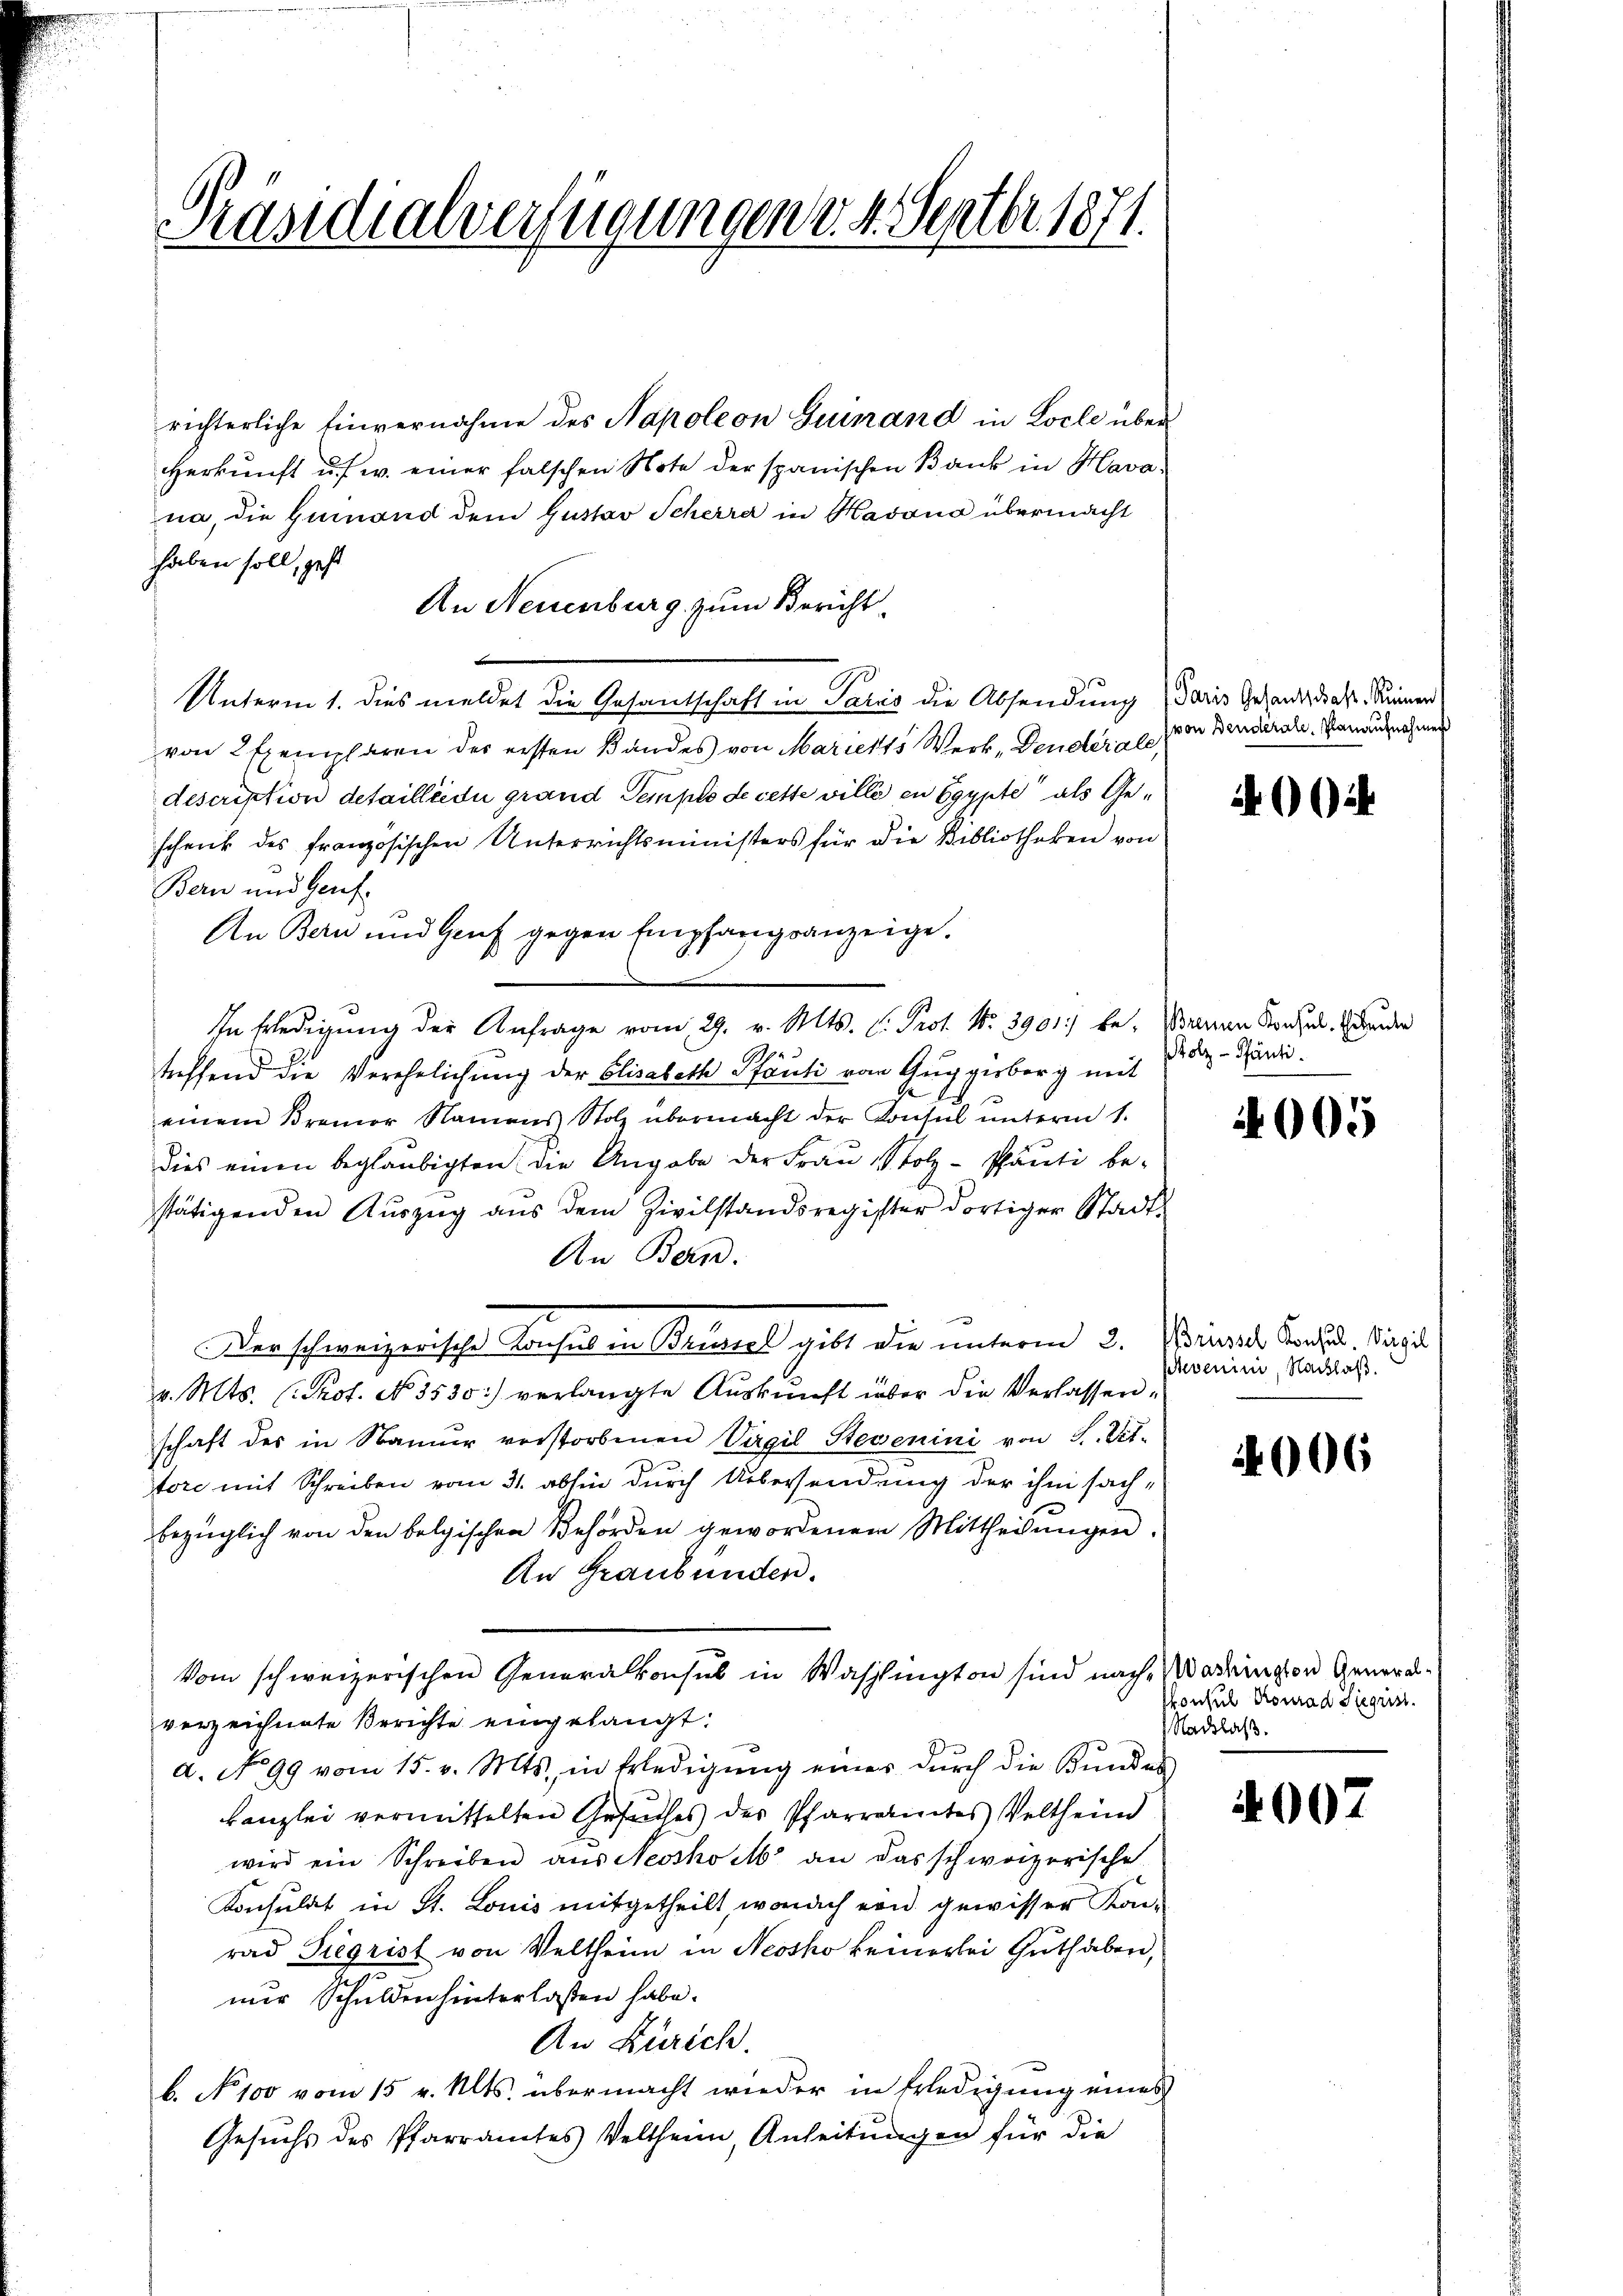
Präsidialverfügungen v. 4. Septbr. 1871.

richterliche Einvernahme des Napoleon Guinand in Locle über
herkŭnft u. s. w. einer falschen Note der spanischen Bank in Hava-
na, die Gemand dem Gustav Scherre in Havana übermacht
haben soll, gest
An Neuenburg zum Bericht.
Unterm 1. dies meldet die Gesandtschaft in Paris die Absendung Paris Gesandschaft. Sinnen
von 2 Exemplaren der ersten Bandes von Mariels Werk, Deudérale,
description detailléidi grand Tempo de cette ville in Egypte als Geschenk des französischen Unterrichtsministers für die Bibliotheken von
Bern und Genf
An Bern und Genf gegen Empfangsanzeige¬
In Erledigŭng der Anfrage vom 29. v. Mts. v. Prot. No. 3901) be-
treffend die Verehelichung der Elisabeth Pfänti vom Guggisberg mit
einem Bramor Namens Stolz übermacht der Konsul unterm 1.
dies einen beglaubigten die Angabe der Frau Stolz-Pfäuti be-
stätigenden Auszug aus dem Zivilstandsregister dortiger Stadt¬
An Bern.
Der schweizerische Konsuch in Beurtel gibt die unterm 2. Mineral Bartl. Vinzel
v. Mts. Prof. No. 3530) verlangte Aŭskŭnft über die Verlassen-
schaft des in Namer verstorbenen Virgil Stevenini von S. Tit.
tore mit Schreiben vom 31. abhin durch Übersendung der ihm sachbezüglich von den belgischen Behörden gewordenem Mittheilŭngen.
An Graubünden.
Vom schweizerischen Generalkonsul in Washington sind nach Wadringen Generalverzeichnete Berichte eingelangt:
a. No 99 vom 15. v. Mts. in Erledigŭng einer dŭrch die Bŭndes-
kanzlei vermittelten Gesuches des Pfarramtes Veltheind
wird ein Schreiben aŭs Nessho M. an das schweizerische
Konsulat in St. Louis mitgetheilt, wonach von gewisser Konrad Siegrist von Veltheim in Neosho keinerlei Guthaben,
nur Schulden hinterlassen habe.
An Zürich.
b. No 100 vom 15 v. Mts. übermacht wieder in Erledigung eines
Gesuchs des Pfarramtes Veltheim, Anleitungen für die

(von Benderale, Planaufnahmen

00

Brennen Konsul, Eisende
Holz-Pfänti.

i

005

Nevenini, Nachlaß.

4006

konsul Konrad Sigrist.
Nachlaß.

4007